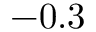
- 0 . 3